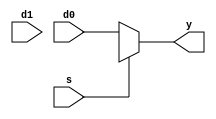
module M_MUX_2_DONTCARE #(
    parameter WIDTH = 32
)(  input [WIDTH-1:0] d0, d1,
    input s,
    output reg[WIDTH-1:0] y);

    always @(*)begin
        case(s)
            1'b0 : y<=d0;
            1'bx : y<=d0;
            1'b1 : y<=d1;
        endcase
    end

endmodule